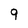
Character: 9